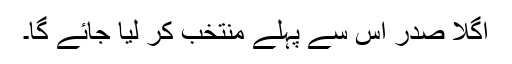
اگلا صدر اس سے پہلے منتخب کر لیا جائے گا۔